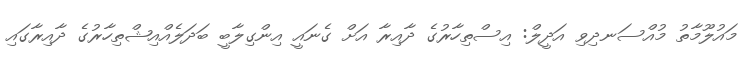
މައުލޫމާތު މުއްސަނދިވި އަދީލް: އިސްތިހާރުގެ ދާއިރާ އަށް ގެނައީ އިންގިލާބީ ބަދަލެއްއިޝްތިހާރުގެ ދާއިރާގައި